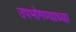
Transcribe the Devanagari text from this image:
उपभोगण्याच्या